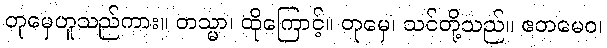
တုမှေဟူသည်ကား။ တသ္မာ၊ ထိုကြောင့်။ တုမှေ၊ သင်တို့သည်။ ဧတမေဝ၊